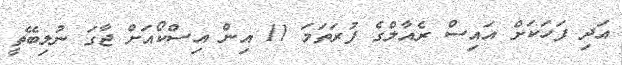
އަދި ފަހަކަށް އައިސް ރެއާލްގެ ފުރަތަމަ 11 އިން އިސްކޯއަށް ޖާގަ ނުލިބޭތީ